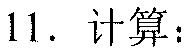
11. 计算：